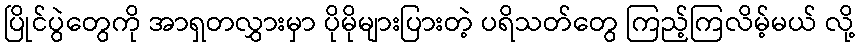
ပြိုင်ပွဲတွေကို အာရှတလွှားမှာ ပိုမိုများပြားတဲ့ ပရိသတ်တွေ ကြည့်ကြလိမ့်မယ် လို့